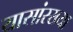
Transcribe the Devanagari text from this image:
यासांरख्या